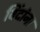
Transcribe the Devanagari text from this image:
विंदांना